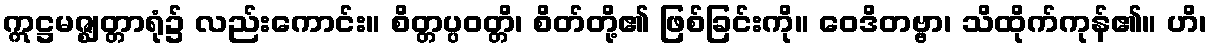
ဣဋ္ဌမဇ္ဈတ္တာရုံ၌ လည်းကောင်း။ စိတ္တပ္ပဝတ္တိ၊ စိတ်တို့၏ ဖြစ်ခြင်းကို။ ဝေဒိတဗ္ဗာ၊ သိထိုက်ကုန်၏။ ဟိ၊